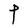
Character: P